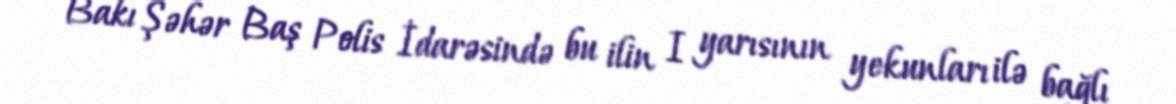
Bakı Şəhər Baş Polis İdarəsində bu ilin I yarısının yekunları ilə bağlı